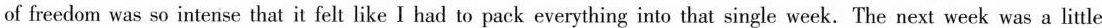
of freedom was so intense that it felt like I had to pack everything into that single week. The next week was a little